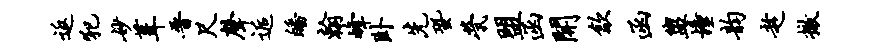
返犯妙葺晋尺声逅皤翰峰卧先蛩茕盟函开歙函盥憧韵趁撤